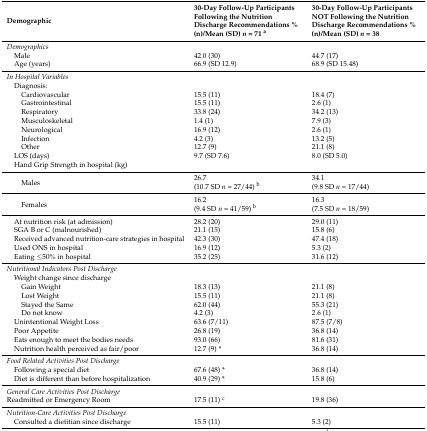
<table><thead><tr><td><b>Demographic</b></td><td><b>30-Day Follow-Up Participants Following the Nutrition Discharge Recommendations % (n)/Mean (SD) <i>n</i> = 71 <sup>a</sup></b></td><td><b>30-Day Follow-Up Participants NOT Following the Nutrition Discharge Recommendations % (n)/Mean (SD) <i>n</i> = 38</b></td></tr></thead><tbody><tr><td><i>Demographics</i></td><td></td><td></td></tr><tr><td> Male </td><td>42.0 (30)</td><td>44.7 (17)</td></tr><tr><td> Age (years)</td><td>66.9 (SD 12.9)</td><td>68.9 (SD 15.48)</td></tr><tr><td><i>In Hospital Variables</i></td><td></td><td></td></tr><tr><td> Diagnosis:</td><td></td><td></td></tr><tr><td>Cardiovascular</td><td>15.5 (11)</td><td>18.4 (7)</td></tr><tr><td>Gastrointestinal </td><td>15.5 (11)</td><td>2.6 (1)</td></tr><tr><td>Respiratory</td><td>33.8 (24)</td><td>34.2 (13)</td></tr><tr><td>Musculoskeletal</td><td>1.4 (1)</td><td>7.9 (3)</td></tr><tr><td>Neurological</td><td>16.9 (12)</td><td>2.6 (1)</td></tr><tr><td>Infection </td><td>4.2 (3)</td><td>13.2 (5)</td></tr><tr><td>Other</td><td>12.7 (9)</td><td>21.1 (8)</td></tr><tr><td> LOS (days)</td><td>9.7 (SD 7.6)</td><td>8.0 (SD 5.0)</td></tr><tr><td> Hand Grip Strength in hospital (kg)</td><td></td><td></td></tr><tr><td rowspan="2">Males</td><td>26.7</td><td>34.1</td></tr><tr><td>(10.7 SD <i>n</i> = 27/44) <sup>b</sup></td><td>(9.8 SD <i>n</i> = 17/44)</td></tr><tr><td rowspan="2">Females</td><td>16.2</td><td>16.3 </td></tr><tr><td>(9.4 SD <i>n</i> = 41/59) <sup>b</sup></td><td>(7.5 SD <i>n</i> = 18/59) </td></tr><tr><td> At nutrition risk (at admission)</td><td>28.2 (20)</td><td>29.0 (11)</td></tr><tr><td> SGA B or C (malnourished)</td><td>21.1 (15)</td><td>15.8 (6)</td></tr><tr><td> Received advanced nutrition-care strategies in hospital</td><td>42.3 (30)</td><td>47.4 (18)</td></tr><tr><td> Used ONS in hospital</td><td>16.9 (12)</td><td>5.3 (2)</td></tr><tr><td> Eating ≤50% in hospital</td><td>35.2 (25)</td><td>31.6 (12)</td></tr><tr><td><i>Nutritional Indicators Post Discharge</i></td><td></td><td></td></tr><tr><td> Weight change since discharge</td><td></td><td></td></tr><tr><td>Gain Weight</td><td>18.3 (13)</td><td>21.1 (8)</td></tr><tr><td>Lost Weight</td><td>15.5 (11)</td><td>21.1 (8)</td></tr><tr><td>Stayed the Same</td><td>62.0 (44)</td><td>55.3 (21)</td></tr><tr><td>Do not know</td><td>4.2 (3)</td><td>2.6 (1)</td></tr><tr><td> Unintentional Weight Loss</td><td>63.6 (7/11)</td><td>87.5 (7/8)</td></tr><tr><td> Poor Appetite </td><td>26.8 (19)</td><td>36.8 (14)</td></tr><tr><td> Eats enough to meet the bodies needs</td><td>93.0 (66)</td><td>81.6 (31)</td></tr><tr><td> Nutrition health perceived as fair/poor</td><td>12.7 (9) *</td><td>36.8 (14)</td></tr><tr><td><i>Food Related Activities Post Discharge</i></td><td></td><td></td></tr><tr><td> Following a special diet</td><td>67.6 (48) *</td><td>36.8 (14)</td></tr><tr><td> Diet is different than before hospitalization </td><td>40.9 (29) *</td><td>15.8 (6)</td></tr><tr><td><i>General Care Activities Post Discharge</i></td><td></td><td></td></tr><tr><td>Readmitted or Emergency Room</td><td>17.5 (11) <sup>c</sup></td><td>19.8 (36)</td></tr><tr><td><i>Nutrition-Care Activities Post Discharge</i></td><td></td><td></td></tr><tr><td> Consulted a dietitian since discharge</td><td>15.5 (11)</td><td>5.3 (2)</td></tr></tbody></table>